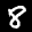
Label: 8